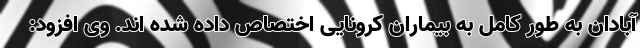
آبادان به طور کامل به بیماران کرونایی اختصاص داده شده اند. وی افزود: